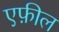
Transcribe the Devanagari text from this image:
एफ़ील